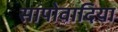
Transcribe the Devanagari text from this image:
सापोवादिया